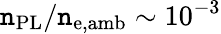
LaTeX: \mathtt{n}_{\mathrm{{PL}}}/\mathtt{n}_{\mathrm{{e,amb}}}\sim10^{-3}